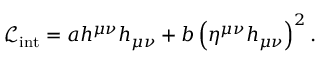
{ \mathcal { L } } _ { \mathrm { i n t } } = a h ^ { \mu \nu } h _ { \mu \nu } + b \left( \eta ^ { \mu \nu } h _ { \mu \nu } \right) ^ { 2 } .